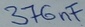
Text: 376nF